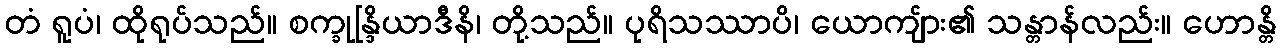
တံ ရူပံ၊ ထိုရုပ်သည်။ စက္ခုန္ဒြိယာဒီနိ၊ တို့သည်။ ပုရိသဿာပိ၊ ယောကျ်ား၏ သန္တာန်လည်း။ ဟောန္တိ